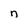
Character: n